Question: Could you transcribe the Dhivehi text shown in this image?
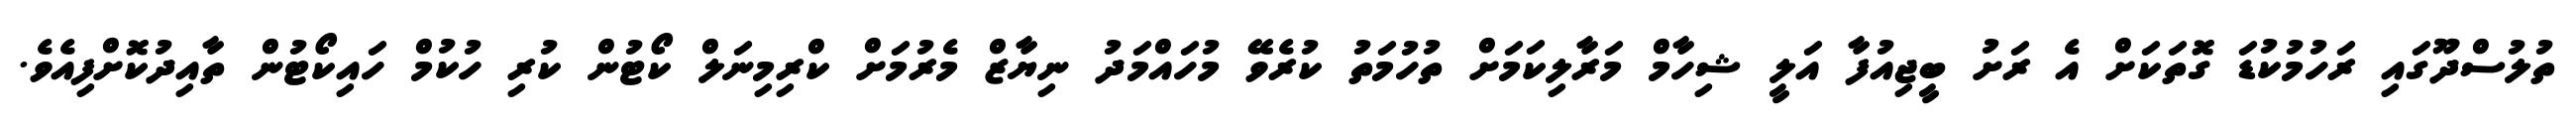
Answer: ތުލުސްދޫގައި ރަހުމުކުޑަ ގޮތަކަށް އެ ރަށު ބީޖިއުފާ އަލީ ޝިހާމް މަރާލިކަމަށް ތުހުމަތު ކުރެވޭ މުހައްމަދު ނިޔާޒް މެރުމަށް ކްރިމިނަލް ކޯޓުން ކުރި ހުކުމް ހައިކޯޓުން ތާއިދުކޮށްފިއެވެ.